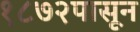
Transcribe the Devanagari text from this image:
१८७२पासून